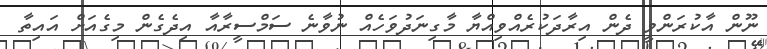
ނޫން އާކުރަންވީ ދެން އިރާދަކުރެއްވިއްޔާ މާގިނަދުވަހެއް ނުވާނެ ސަމްސީރާއާ އިދެގެން މިގެއަށް އައިތާ